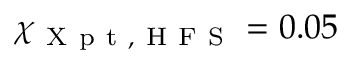
\chi _ { \mathrm { ~ X ~ p ~ t ~ , ~ H ~ F ~ S ~ } } = 0 . 0 5